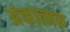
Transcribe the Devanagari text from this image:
अंकात्मक